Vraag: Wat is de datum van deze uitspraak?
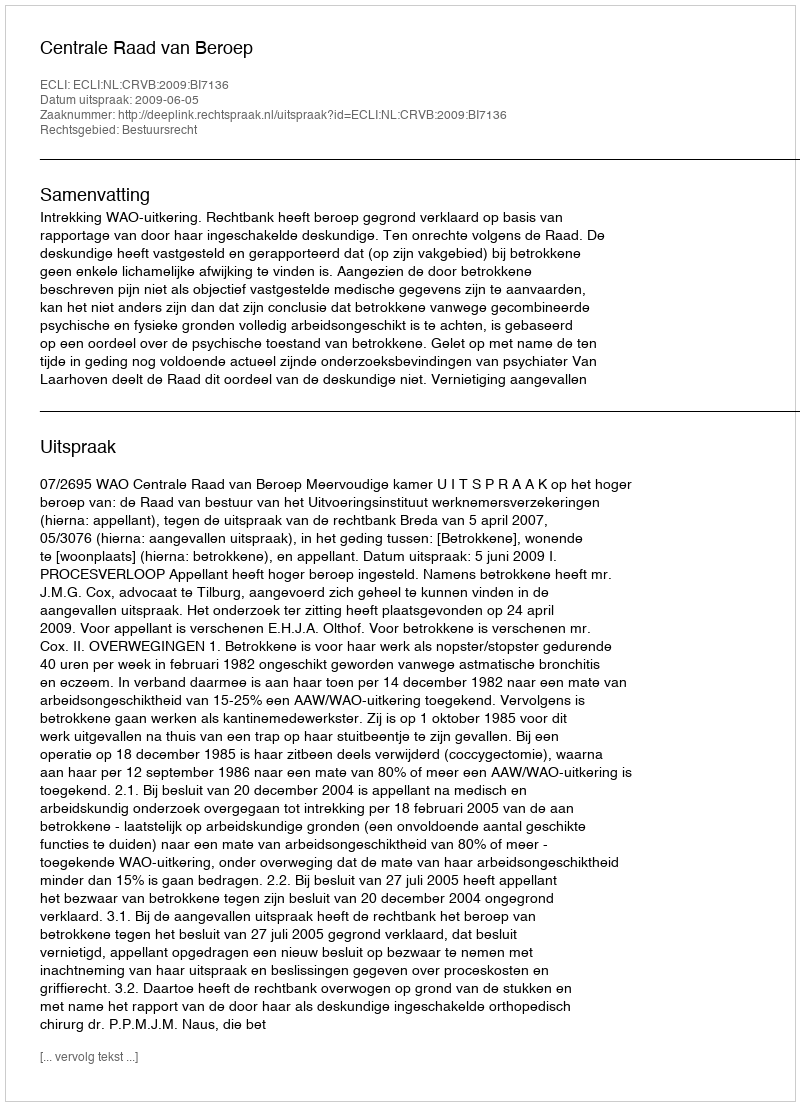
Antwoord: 2009-06-05